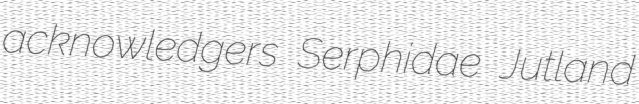
acknowledgers Serphidae Jutland